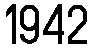
1942